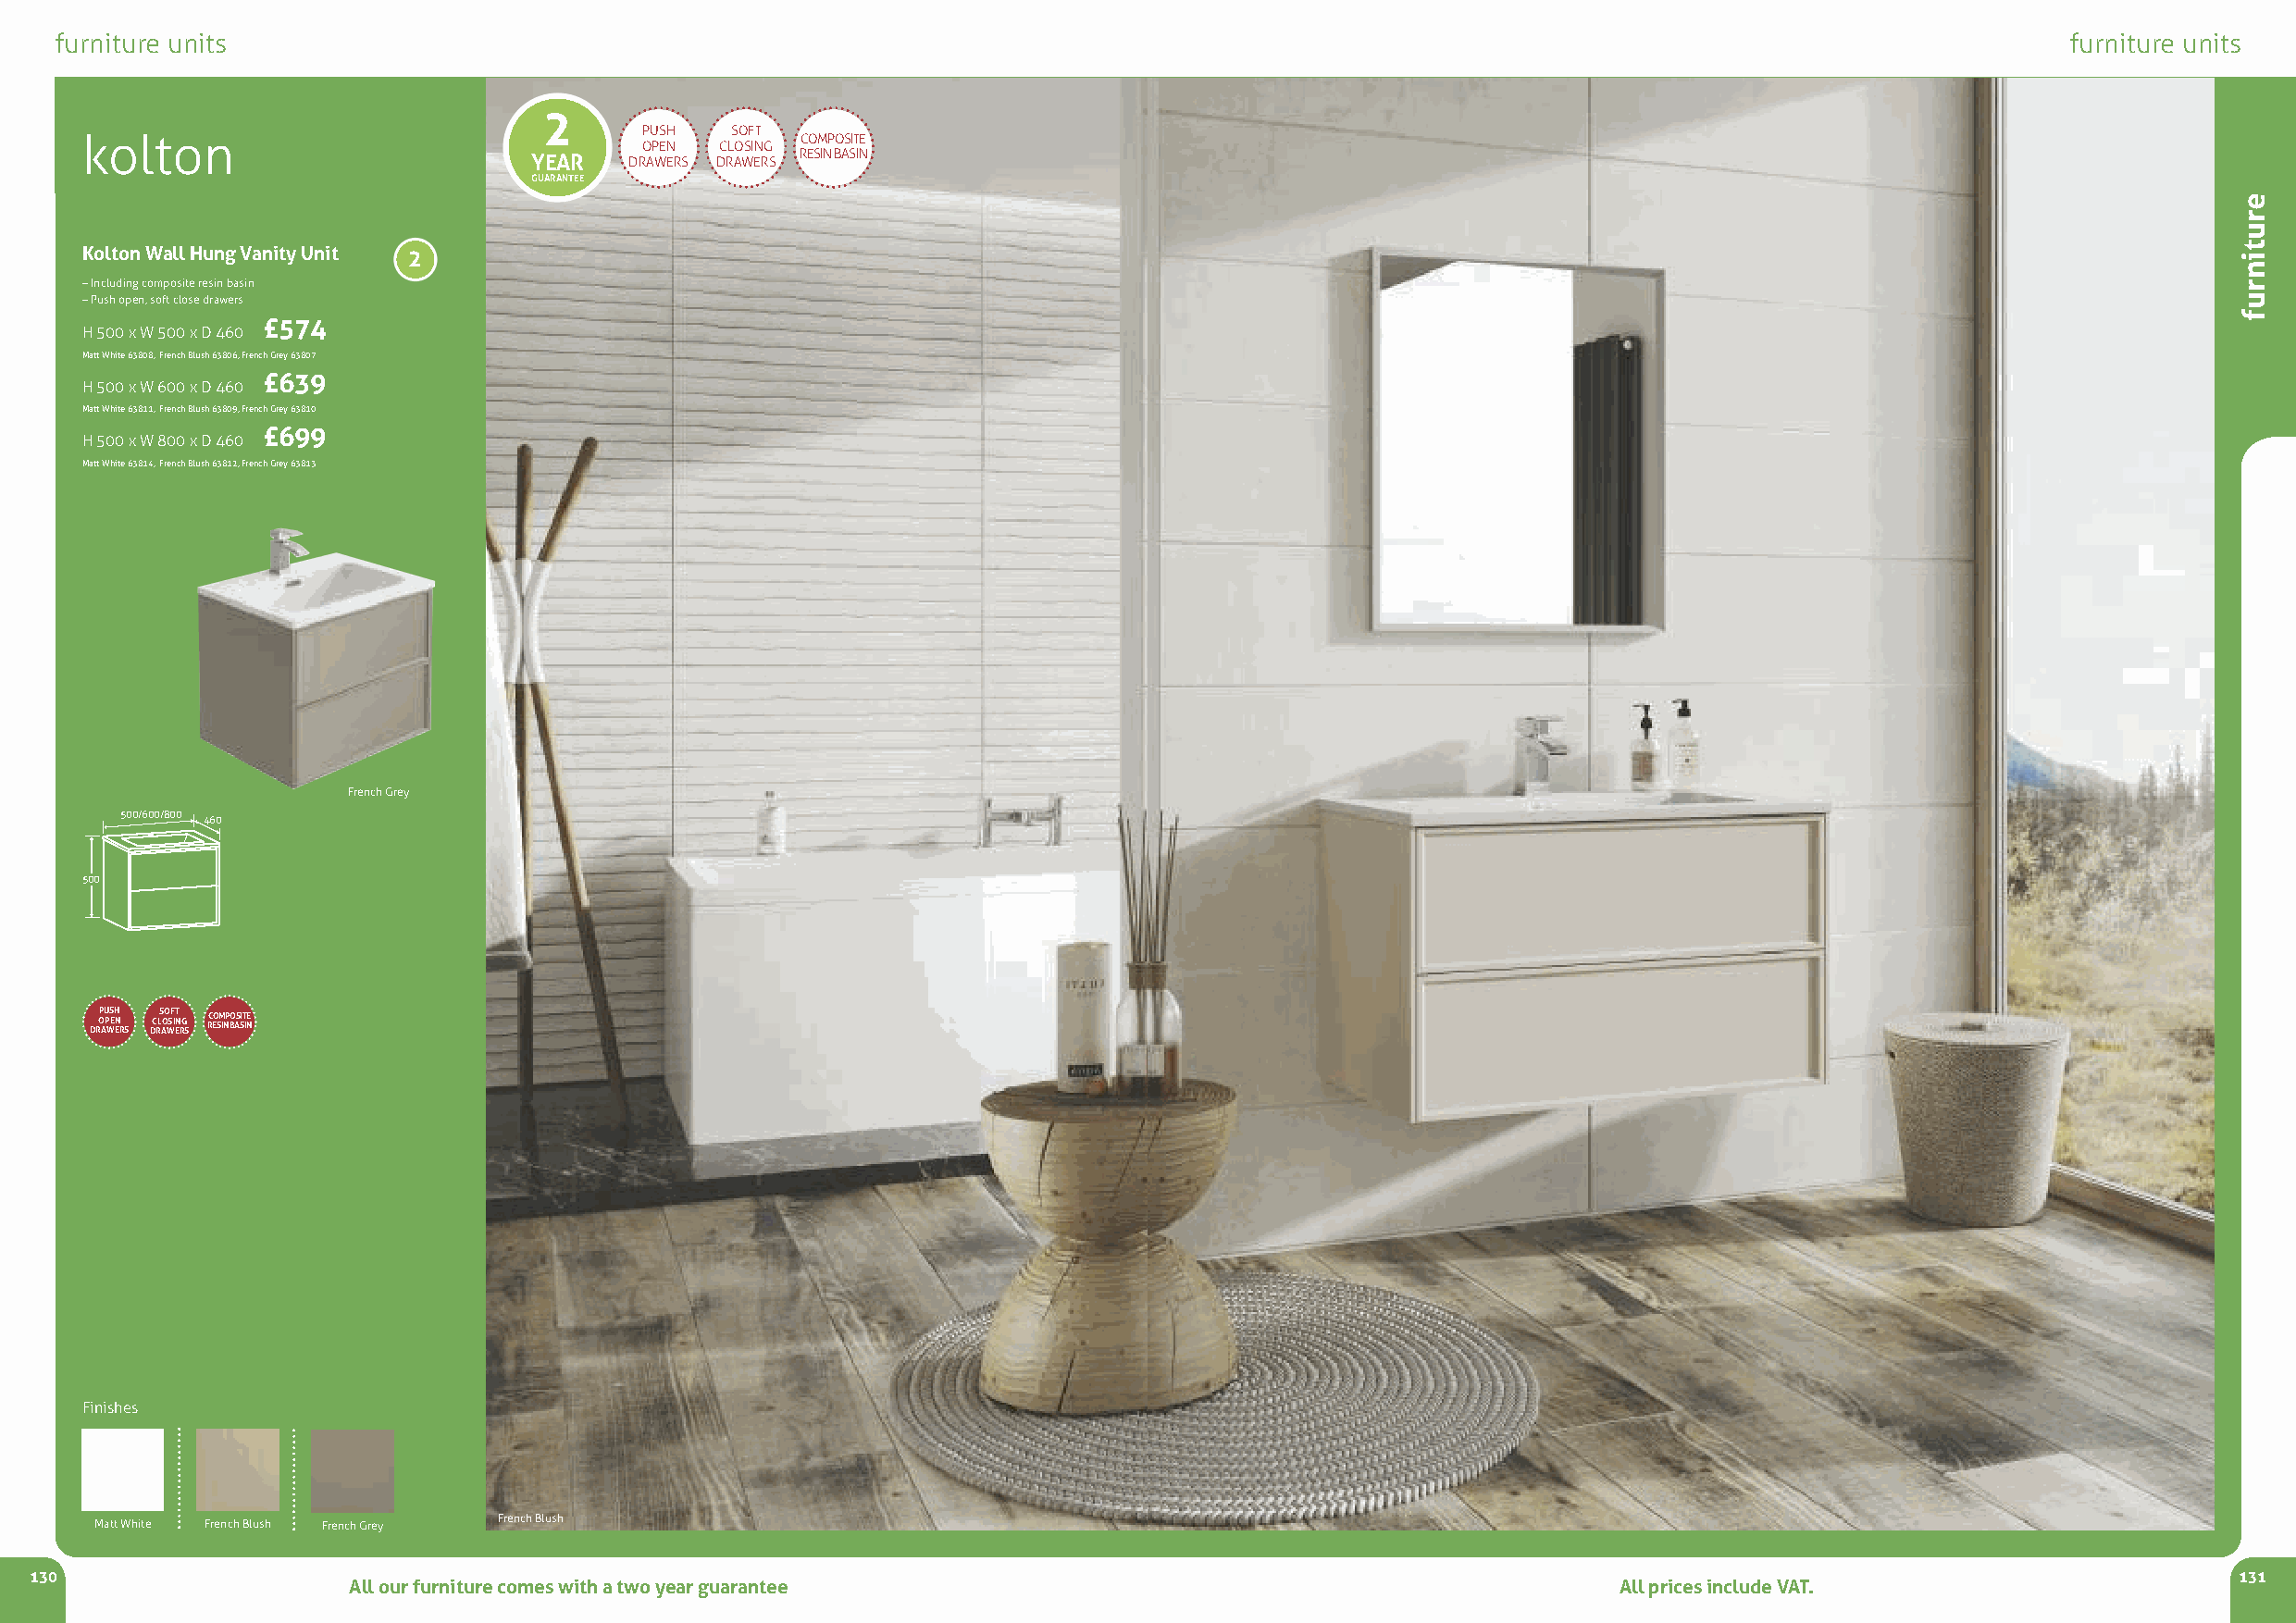
furniture units                                                                                                                                 furniture units
 2
 PUSH  SOFT
 kolton                                             COMPOSITE
 OPEN CLOSING
 YEAR   DRAWERS DRAWERS RESIN BASIN
 GUARANTEE
 Kolton Wall Hung VanityUnit 2
 –Including composite resin basin
 –Push open, soft close drawers
 £574
 H 500 x W 500 x D 460
 Matt White 63808, French Blush 63806, French Grey 63807
 £639
 H 500 x W 600 x D 460
 Matt White 63811, French Blush 63809, French Grey 63810
 £699
 H 500 x W 800 x D 460
 Matt White 63814, French Blush 63812, French Grey 63813
 French Grey
 500/600/800 460
 500
 DROP AU P WS EH EN
 RS
 DC RLS AOO WSF I ET N RG
 S
 RC EO SM INP BO AS SIT INE
 Finishes
 Matt White French Blush French Grey French Blush
 130                                                                                                                                                           131
 All our furniture comes with a two year guarantee                                          All prices include VAT.
 erutinruf